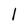
Character: l